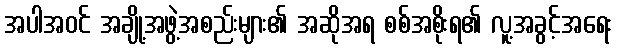
အပါအဝင် အချို့အဖွဲ့အစည်းများ၏ အဆိုအရ စစ်အစိုးရ၏ လူ့အခွင့်အရေး